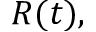
R ( t ) ,